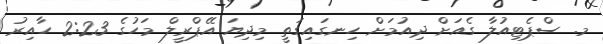
މ. ސްޕެޓިއުލާ ގެއަށް ދިއުމަށް ހިނގައިގަތީ މިދިޔަ އޭޕްރީލް މަހުގެ 2:23 ހާއިރު